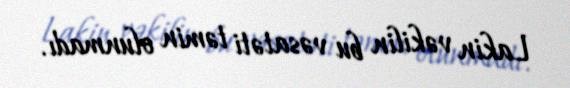
Lakin vəkilin bu vəsatəti təmin olunmadı.